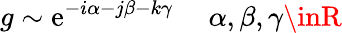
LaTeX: g\sim\mathrm{e}^{-i\alpha-j\beta-k\gamma}\ \ \ \ \ \alpha,\beta,\gamma\inR